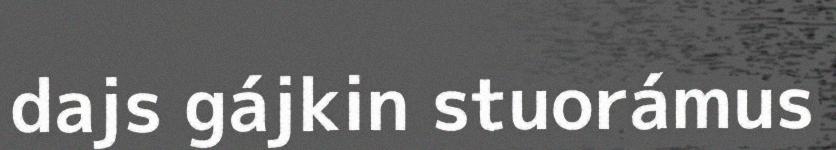
dajs gájkin stuorámus